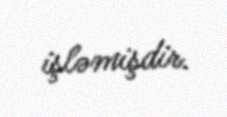
işləmişdir.